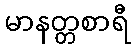
မာနတ္တစာရီ